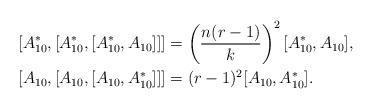
LaTeX: \begin{align*} &[A^*_{10}, [A^*_{10}, [A^*_{10}, A_{10}]]] = \left(\frac{n(r-1)}{k}\right)^2[A^*_{10}, A_{10}], \\ &[A_{10}, [A_{10}, [A_{10}, A^*_{10}]]] = (r-1)^2[A_{10},A^*_{10}]. \end{align*}